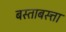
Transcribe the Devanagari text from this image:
बस्ताबस्त्ता